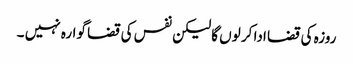
روزہ کی قضا ادا کر لوں گا لیکن نفس کی قضا گوارہ نہیں ۔